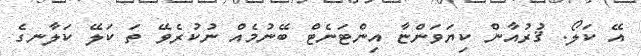
އޭ ކަލޯ. ޤުރުއާން ކިޔަވަންޏާ އިންޓަނެޓް ބޭނުމެއް ނުކުރެވޭ ތަ ކަލޭ ކަލާނގެ